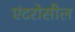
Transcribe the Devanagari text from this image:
एंटरोसील